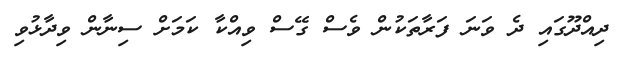
ދިއްދޫގައި ދެ ވަނަ ފަރާތަކުން ވެސް ގޭސް ވިއްކާ ކަމަށް ސިނާން ވިދާޅުވި